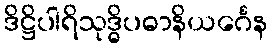
ဒိဋ္ဌိပါရိသုဒ္ဓိပဓာနိယင်္ဂေန